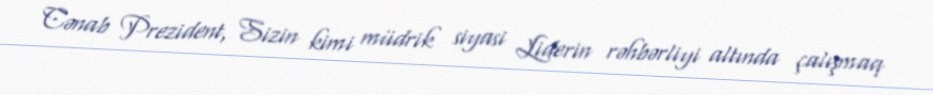
Cənab Prezident, Sizin kimi müdrik siyasi Liderin rəhbərliyi altında çalışmaq